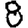
Digit: 8